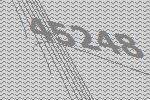
45248